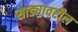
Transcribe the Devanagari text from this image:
साड्यावरील